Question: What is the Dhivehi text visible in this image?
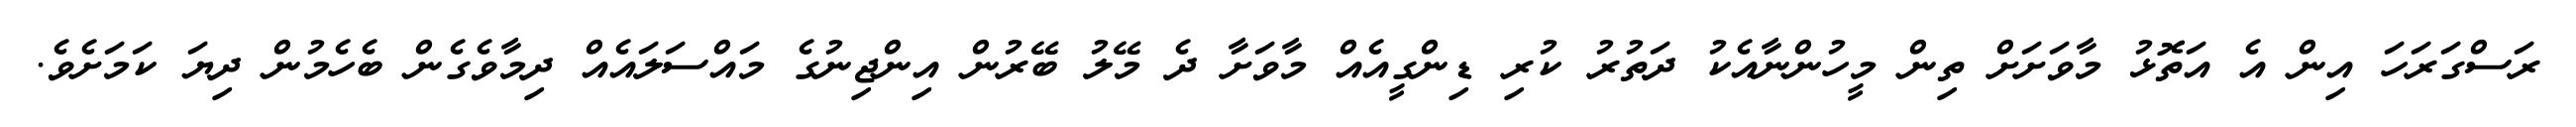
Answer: ރަސްގަރަހަ އިން އެ އަތޮޅު މާވަށަށް ތިން މީހުންނާއެކު ދަތުރު ކުރި ޑިންގީއެއް މާވަށާ ދެ މޭލު ބޭރުން އިންޖިނުގެ މައްސަލައެއް ދިމާވެގެން ބެހެމުން ދިޔަ ކަމަށެވެ.